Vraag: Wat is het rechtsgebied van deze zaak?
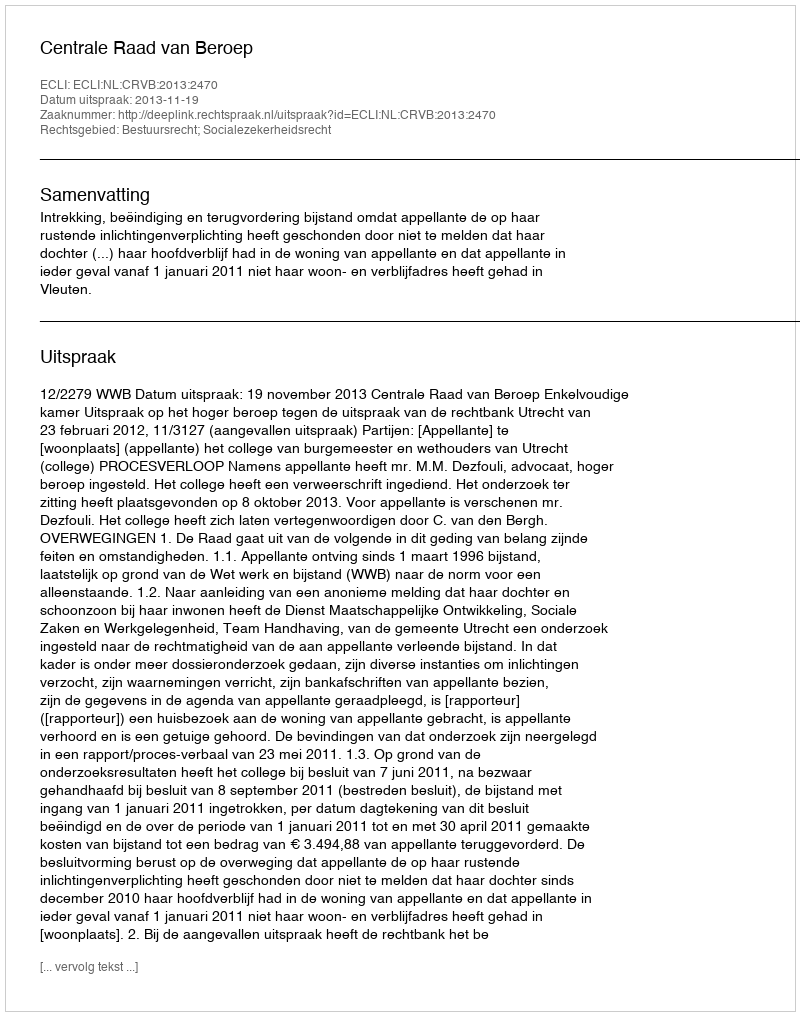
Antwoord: Bestuursrecht; Socialezekerheidsrecht